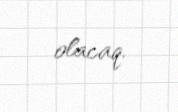
olacaq.